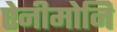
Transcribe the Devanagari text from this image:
ऐनीमोनि